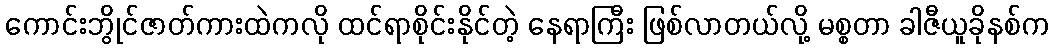
ကောင်းဘွိုင်ဇာတ်ကားထဲကလို ထင်ရာစိုင်းနိုင်တဲ့ နေရာကြီး ဖြစ်လာတယ်လို့ မစ္စတာ ခါဇီယူခိုနစ်က